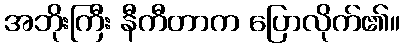
အဘိုးကြီး နီကီတာက ပြောလိုက်၏။